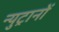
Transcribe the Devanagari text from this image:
न्युट्रानों